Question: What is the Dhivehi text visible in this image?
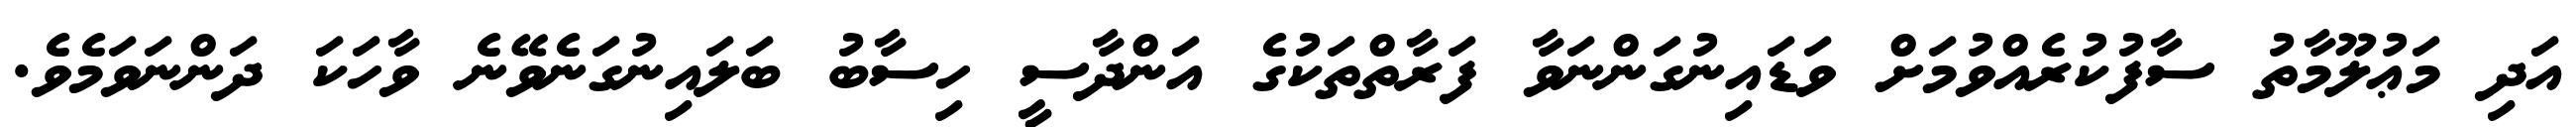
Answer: އަދި މަޢުލޫމާތު ސާފުކުރެއްވުމަށް ވަޑައިނުގަންނަވާ ފަރާތްތަކުގެ އަންދާސީ ހިސާބު ބަލައިނުގަނެވޭނެ ވާހަކަ ދަންނަވަމެވެ.